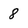
Character: 8